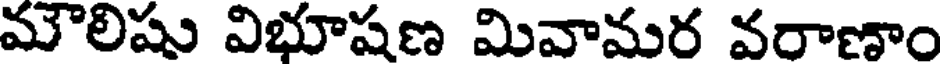
మౌలిషు విభూషణ మివామర వరాణాం